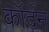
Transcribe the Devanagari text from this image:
कॉर्दन